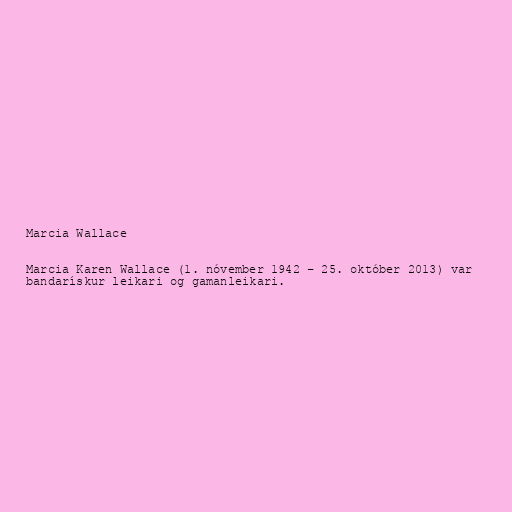
Marcia Wallace

Marcia Karen Wallace (1. nóvember 1942 – 25. október 2013) var
bandarískur leikari og gamanleikari.